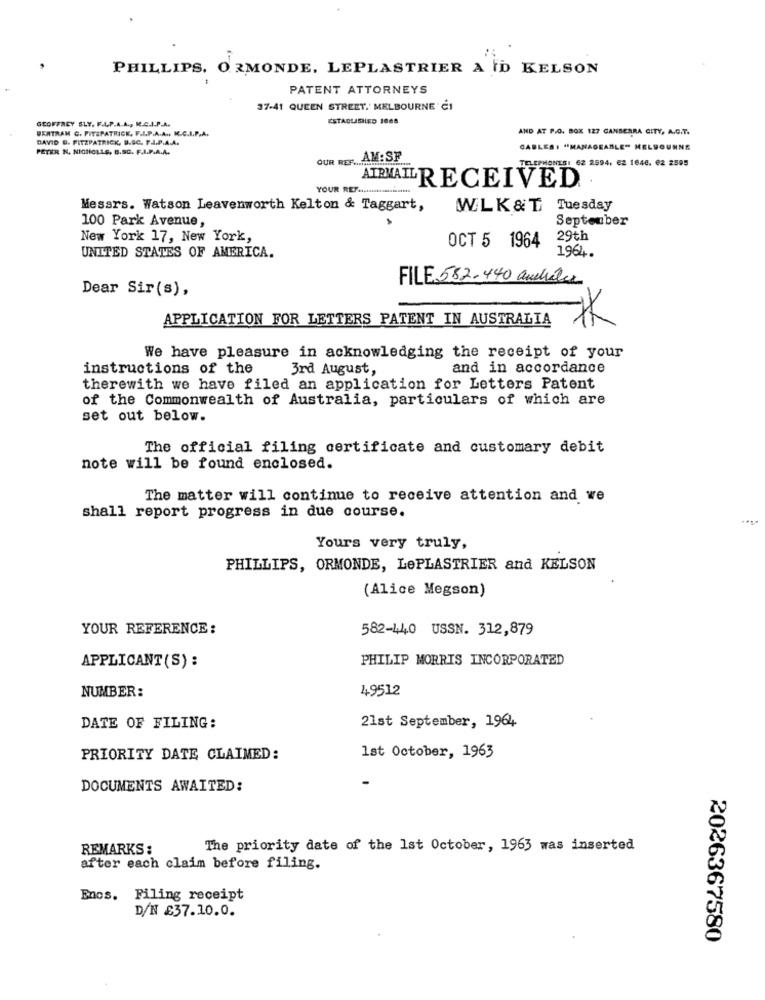
PHILLIPS. ORMONDE. LEPLASTRIER A ID KELSON
PATENT ATTORNEYS
37-41 QUEEN STREET.' MELBOURNE C1
GEOFFREY SLY. F.L.P.A. A ., M.C.I.P.A.
ESTABLISHED 1008
BERTRAM G. FITZPATRICK, F.L.P.A.A .. K.C.I.P.A.
AND AT P.O. BOX 127 CANBERRA CITY, A.G.T.
DAVID D. FITZPATRICK, D.SC. T.A.P.A.A.
PETER N. NICHOLAS, B.SC. F.I.P.A.A.
CABLES , "MANAGEABLE" MELBOURNE
OUR REF ........
... AM: SF
TELEPHONES: 62 2594. 62 1646. 62 2595
YOUR REF .................
ATPMAIL RECEIVED
Messrs. Watson Leavenworth Kelton & Taggart,
WLK&T Tuesday
September
100 Park Avenue,
New York 17, New York,
OCT 5 1964
29th
UNITED STATES OF AMERICA.
1964.
FILE 582-440 auchales
Dear Sir(s),
APPLICATION FOR LETTERS PATENT IN AUSTRALIA
We have pleasure in acknowledging the receipt of your
instructions of the
3rd August,
and in accordance
therewith we have filed an application for Letters Patent
of the Commonwealth of Australia, particulars of which are
set out below.
The official filing certificate and customary debit
note will be found enclosed.
The matter will continue to receive attention and we
shall report progress in due course.
Yours very truly,
PHILLIPS, ORMONDE, LePLASTRIER and KELSON
(Alice Megson)
YOUR REFERENCE:
582-440 USSN. 312,879
PHILIP MORRIS INCORPORATED
APPLICANT (S) :
NUMBER:
49512
21st September, 1964
DATE OF FILING:
PRIORITY DATE CLAIMED:
1st October, 1963
DOCUMENTS AWAITED:
REMARKS :
The priority date of the 1st October, 1963 was inserted
after each claim before filing.
Enos.
Filing receipt
D/N £37.10.0.
2026367580